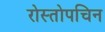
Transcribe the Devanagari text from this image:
रोस्तोपचिन